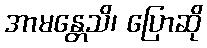
အာမန္တေသိ၊ ပြောဆို